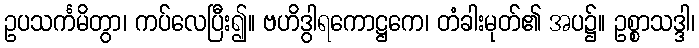
ဥပသင်္ကမိတွာ၊ ကပ်လေပြီး၍။ ဗဟိဒွါရကောဋ္ဌကေ၊ တံခါးမုတ်၏ အပ၌။ ဥစ္စာသဒ္ဒါ၊